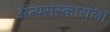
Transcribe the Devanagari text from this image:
अंत्यसंस्काराला